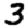
Digit: 3